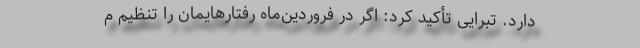
دارد. تبرایی تأکید کرد: اگر در فروردین‌ماه رفتارهایمان را تنظیم م